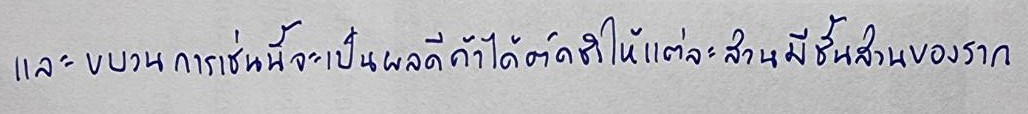
และขบวนการเช่นนี้จะเป็นผลดีถ้าได้ตัดชำให้แต่ละส่วนมีชิ้นส่วนของราก